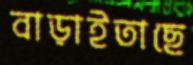
বাড়াইতাছে